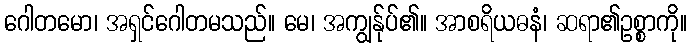
ဂေါတမော၊ အရှင်ဂေါတမသည်။ မေ၊ အကျွန်ုပ်၏။ အာစရိယဓနံ၊ ဆရာ၏ဥစ္စာကို။